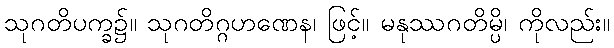
သုဂတိပက္ခ၌။ သုဂတိဂ္ဂဟဏေန၊ ဖြင့်။ မနုဿဂတိမ္ပိ၊ ကိုလည်း။